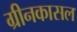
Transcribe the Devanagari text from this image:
ग्रीनकासल